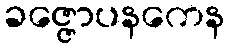
ခဇ္ဇောပနကေန